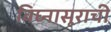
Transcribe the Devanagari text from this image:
विघ्‍नासूराची